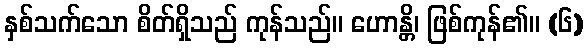
နှစ်သက်သော စိတ်ရှိသည် ကုန်သည်။ ဟောန္တိ၊ ဖြစ်ကုန်၏။ (၆)